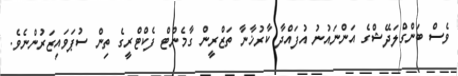
ވެސް ބަންގްލަދޭޝްގެ އަންނައުނު އުފައްދާ ކާރުޚާނާ ތަޒްރީން ގާމެންޓް ފެކްޓްރީގެ ތިން ސުޕަވައިޒަރުންނެވެ.